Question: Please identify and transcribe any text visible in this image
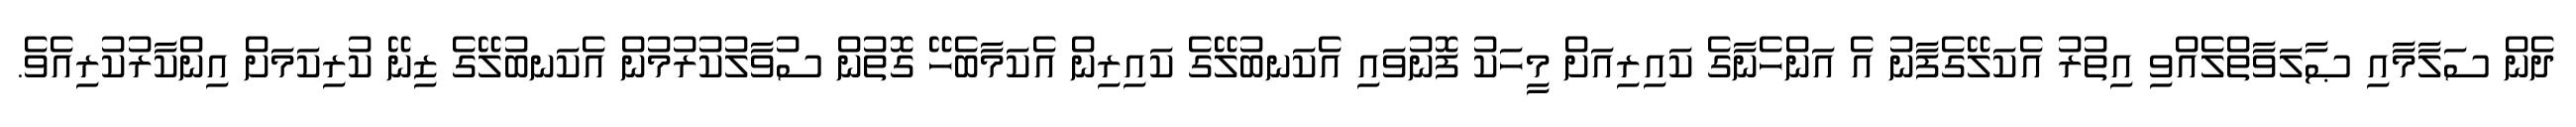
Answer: ދެން ސަލާމާއި ޞާލަވާތްލެއްވި އިތުރު އެކަލޭގެފާނު އެ އަންހެނާގެ ކައިރިއަށް މީހަކު ފޮނުވައި އެކަނބުލޭގެ ކައިރިން އެކަމާބެހޭ ގޮތުން ސުވާލުކުރުމުން އެކަނބުލޭގެ ޒިނޭ ކުރިކަމަށް އިންކާރުކުރިއެވެ.